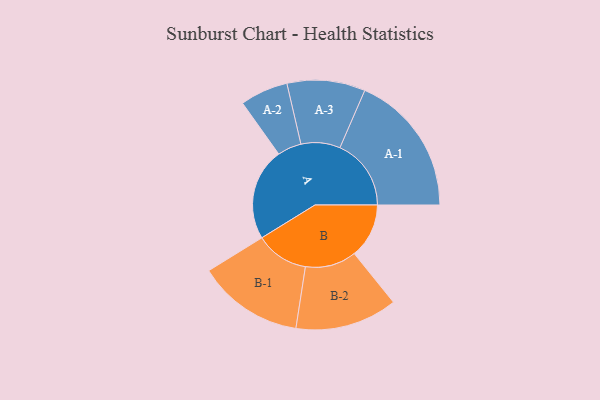
{"axis": {"x": "Segment", "y": "Value"}, "legend": ["", "A", "B"], "data": [{"x": "A", "y": 385, "type": ""}, {"x": "B", "y": 228, "type": ""}, {"x": "A-1", "y": 297, "type": "A"}, {"x": "A-2", "y": 100, "type": "A"}, {"x": "A-3", "y": 163, "type": "A"}, {"x": "B-1", "y": 221, "type": "B"}, {"x": "B-2", "y": 213, "type": "B"}]}